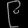
Digit: ၉